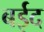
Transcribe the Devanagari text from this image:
बईद